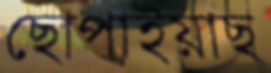
ছোপাইয়াছ